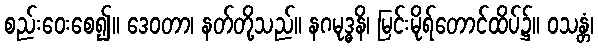
စည်းဝေးစေ၍။ ဒေဝတာ၊ နတ်တို့သည်။ နဂမုဒ္ဓနိ၊ မြင်းမိုရ်တောင်ထိပ်၌။ ဝသန္တံ၊